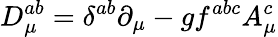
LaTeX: D_{\mu}^{ab}=\delta^{ab}\partial_{\mu}-gf^{abc}A_{\mu}^{c}